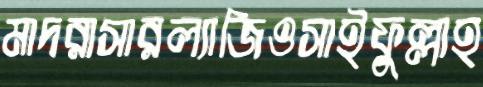
মাদরাসারল্যাজিওসাইফুল্লাহ